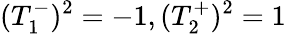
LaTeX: (T_{1}^{-})^{2}=-1,(T_{2}^{+})^{2}=1